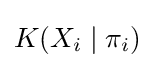
K(X_{i}\mid \pi _{i})